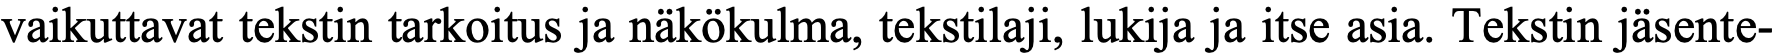
vaikuttavat tekstin tarkoitus ja näkökulma, tekstilaji, lukija ja itse asia. Tekstin jäsente-